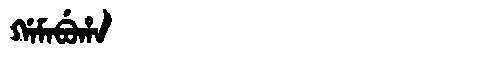
Manchu: ᡤᠠᠮᠠᠪᡠᡥᠠ
Romanization: GAMABUHA